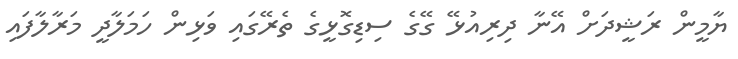
ޔާމީން ރަޝީދަށް އޭނާ ދިރިއުޅޭ ގޭގެ ސިޑިގޮޅީގެ ތެރޭގައި ވަޅިން ހަމަލާދީ މަރާލާފައި